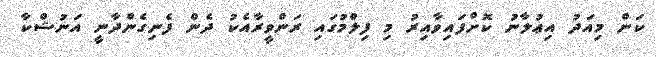
ކަން މިއަދު އިޢުލާނު ކޮށްފައިވާއިރު މި ފިލްމުގައި ރަންވީރާއެކު ދެން ފެނިގެންދާނީ އަނުޝްކާ